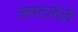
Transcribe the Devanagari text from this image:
लपटलेले